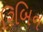
રિબિન